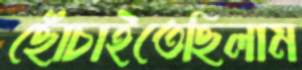
ছোঁচাইতেছিলাম